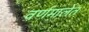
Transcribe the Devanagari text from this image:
वर्णमालेत